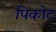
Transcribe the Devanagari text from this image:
पिकोट